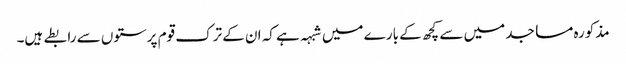
مذکورہ مساجد میں سے کچھ کے بارے میں شبہہ ہے کہ ان کے ترک قوم پرستوں سے رابطے ہیں۔